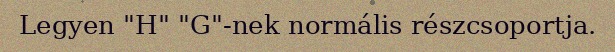
Legyen "H" "G"-nek normális részcsoportja.